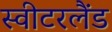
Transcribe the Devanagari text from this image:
स्‍वीटरलैंड